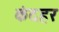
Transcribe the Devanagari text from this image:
कंदहर